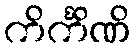
ကိင်္ကိဏိ